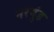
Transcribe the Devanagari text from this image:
नरगुंड